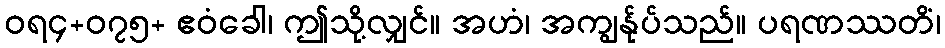
ဝရ၄+၀၇၅+ ဧဝံခေါ၊ ဤသို့လျှင်။ အဟံ၊ အကျွန်ုပ်သည်။ ပရဏဿတိံ၊